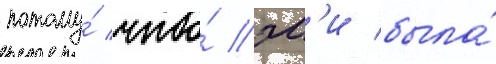
потому́ что́ эм'и была́